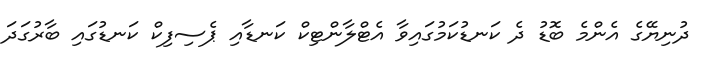
ދުނިޔޭގެ އެންމެ ބޮޑު ދެ ކަނޑުކަމުގައިވާ އެޓްލާންޓިކް ކަނޑާއި ޕެސިފިކް ކަނޑުގައި ބާރުގަދަ